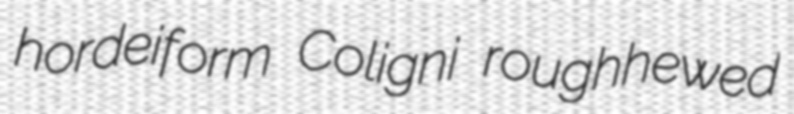
hordeiform Coligni roughhewed